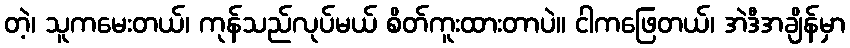
တဲ့၊ သူကမေးတယ်၊ ကုန်သည်လုပ်မယ် စိတ်ကူးထားတာပဲ။ ငါကဖြေတယ်၊ အဲဒီအချိန်မှာ